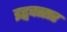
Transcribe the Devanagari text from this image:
इद्ववत्सर